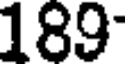
189-